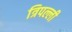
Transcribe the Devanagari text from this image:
त्रिपल्ली